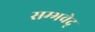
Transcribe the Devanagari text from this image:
सम्भवेद्